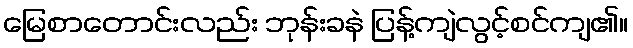
မြေစာတောင်းလည်း ဘုန်းခနဲ ပြန့်ကျဲလွင့်စင်ကျ၏။